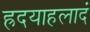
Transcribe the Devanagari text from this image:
ह्रदयाहलादं